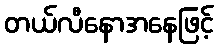
တယ်လီနောအနေဖြင့်